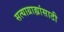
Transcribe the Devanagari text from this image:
सत्याग्राह्यांसाठी